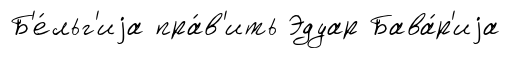
Б'е́льг'иjа пра́в'ить Эдуар Бава́р'иjа